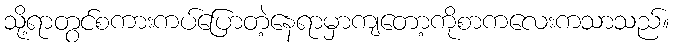
သို့ရာတွင်စကားကပ်ပြောတဲ့နေရာမှာကျတော့ကိုစာကလေးကသာသည်။